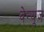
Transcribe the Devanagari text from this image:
वेन्यूज